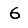
Digit: 6